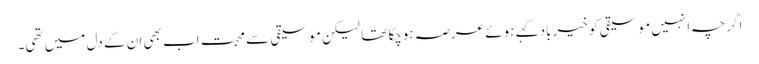
اگرچہ انہیں موسیقی کو خیر باد کہے ہوئے عرصہ ہوچکا تھا لیکن موسیقی سے محبت اب بھی ان کے دل میں تھی۔